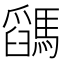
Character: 𩥓